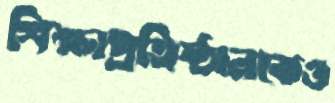
শিক্ষাপ্রতিষ্ঠানকেও